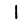
Digit: 1